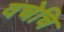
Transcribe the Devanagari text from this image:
वचेचि